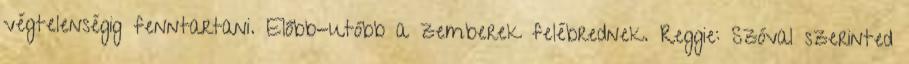
végtelenségig fenntartani. Előbb-utóbb a zemberek felébrednek. Reggie: Szóval szerinted